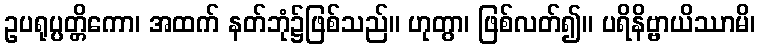
ဥပရုပ္ပတ္တိကော၊ အထက် နတ်ဘုံ၌ဖြစ်သည်။ ဟုတွာ၊ ဖြစ်လတ်၍။ ပရိနိဗ္ဗာယိဿာမိ၊